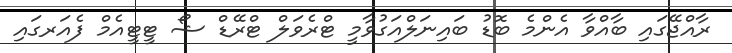
ރާއްޖޭގައި ބާއްވާ އެންމެ ބޮޑު ބައިނަލްއަގުވާމީ ޓްރެވަލް ޓްރޭޑް ޝޯ ޓީޓީއެމް ފެއަރގައި